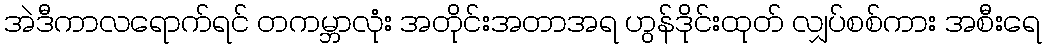
အဲဒီကာလရောက်ရင် တကမ္ဘာလုံး အတိုင်းအတာအရ ဟွန်ဒိုင်းထုတ် လျှပ်စစ်ကား အစီးရေ